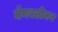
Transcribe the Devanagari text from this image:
मेणवलीकर